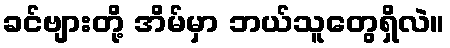
ခင်ဗျားတို့ အိမ်မှာ ဘယ်သူတွေရှိလဲ။